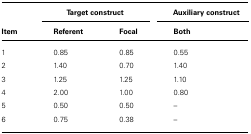
<table><thead><tr><td></td><td colspan="2"><b>Target construct</b></td><td colspan="2"><b>Auxiliary construct</b></td></tr><tr><td><b>Item</b></td><td><b>Referent</b></td><td><b>Focal</b></td><td><b>Both</b></td></tr></thead><tbody><tr><td>1</td><td>0.85</td><td>0.85</td><td>0.55</td></tr><tr><td>2</td><td>1.40</td><td>0.70</td><td>1.40</td></tr><tr><td>3</td><td>1.25</td><td>1.25</td><td>1.10</td></tr><tr><td>4</td><td>2.00</td><td>1.00</td><td>0.80</td></tr><tr><td>5</td><td>0.50</td><td>0.50</td><td>–</td></tr><tr><td>6</td><td>0.75</td><td>0.38</td><td>–</td></tr></tbody></table>